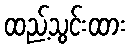
ထည့်သွင်းထား